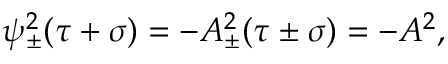
\psi _ { \pm } ^ { 2 } ( \tau + \sigma ) = - A _ { \pm } ^ { 2 } ( \tau \pm \sigma ) = - A ^ { 2 } ,